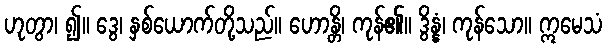
ဟုတွာ၊ ၍။ ဒွေ၊ နှစ်ယောက်တို့သည်။ ဟောန္တိ၊ ကုန်၏။ ဒွိန္နံ၊ ကုန်သော။ ဣမေသံ